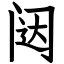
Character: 闼